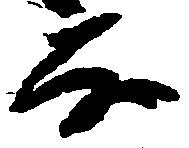
な